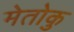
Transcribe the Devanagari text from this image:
मेतोकु